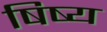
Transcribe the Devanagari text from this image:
षिष्य